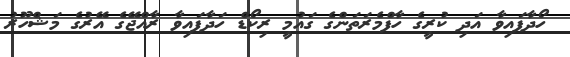
ހޯދާފައިވާ އަދި ކުރީގެ ހާފްމެރަތަންގެ ގައުމީ ރިކޯޑް ހަދާފައިވާ ރާއްޖޭގެ އޭރުގެ މަޝްހޫރު